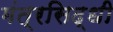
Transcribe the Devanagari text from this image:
मंत्रसिद्धी